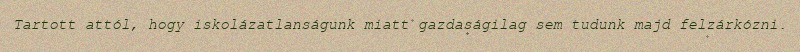
Tartott attól, hogy iskolázatlanságunk miatt gazdaságilag sem tudunk majd felzárkózni.